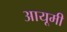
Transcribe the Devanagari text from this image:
आयूमी